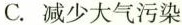
C. 减少大气污染